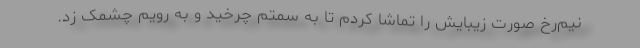
نیم‌رخ صورت زیبایش را تماشا کردم تا به سمتم چرخید و به رویم چشمک زد.